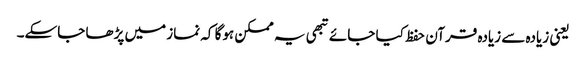
یعنی زیادہ سے زیادہ قرآن حفظ کیا جائے تبھی یہ ممکن ہوگا کہ نماز میں پڑھا جاسکے۔